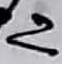
Text: 2